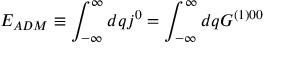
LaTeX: E _ { A D M } \equiv \int _ { - \infty } ^ { \infty } d q j ^ { 0 } = \int _ { - \infty } ^ { \infty } d q G ^ { ( 1 ) 0 0 }